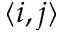
\langle i , j \rangle